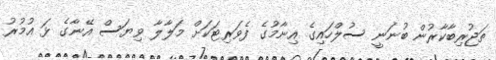
ތަޖުރިބާކާރުން ބުނަނީ ސުލްހައިގެ އިނާމުގެ ފެވަރިޓަކަށް މަލާލާ ވިޔަސް އޭނާގެ ޅަ އުމުރު